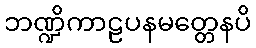
ဘဏ္ဍိကာဠပနမတ္တေနပိ